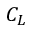
C _ { L }